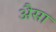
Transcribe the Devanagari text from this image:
अैसा